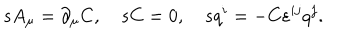
s A _ { \mu } = \partial _ { \mu } C , \quad s C = 0 , \quad s q ^ { i } = - C \varepsilon ^ { i j } q ^ { j } .